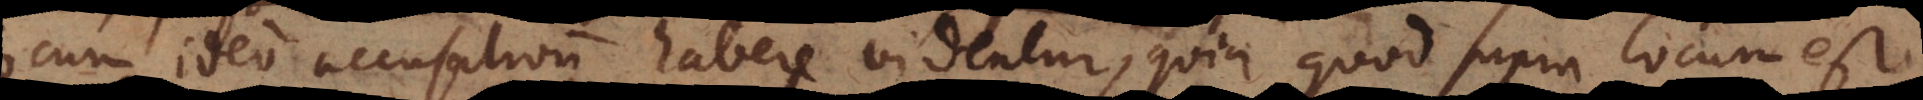
locum ideo accusativum habere videntur, quia quod supra locum est